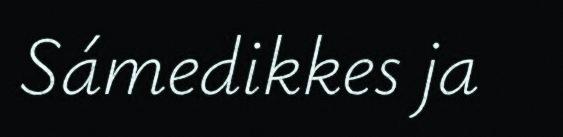
Sámedikkes ja